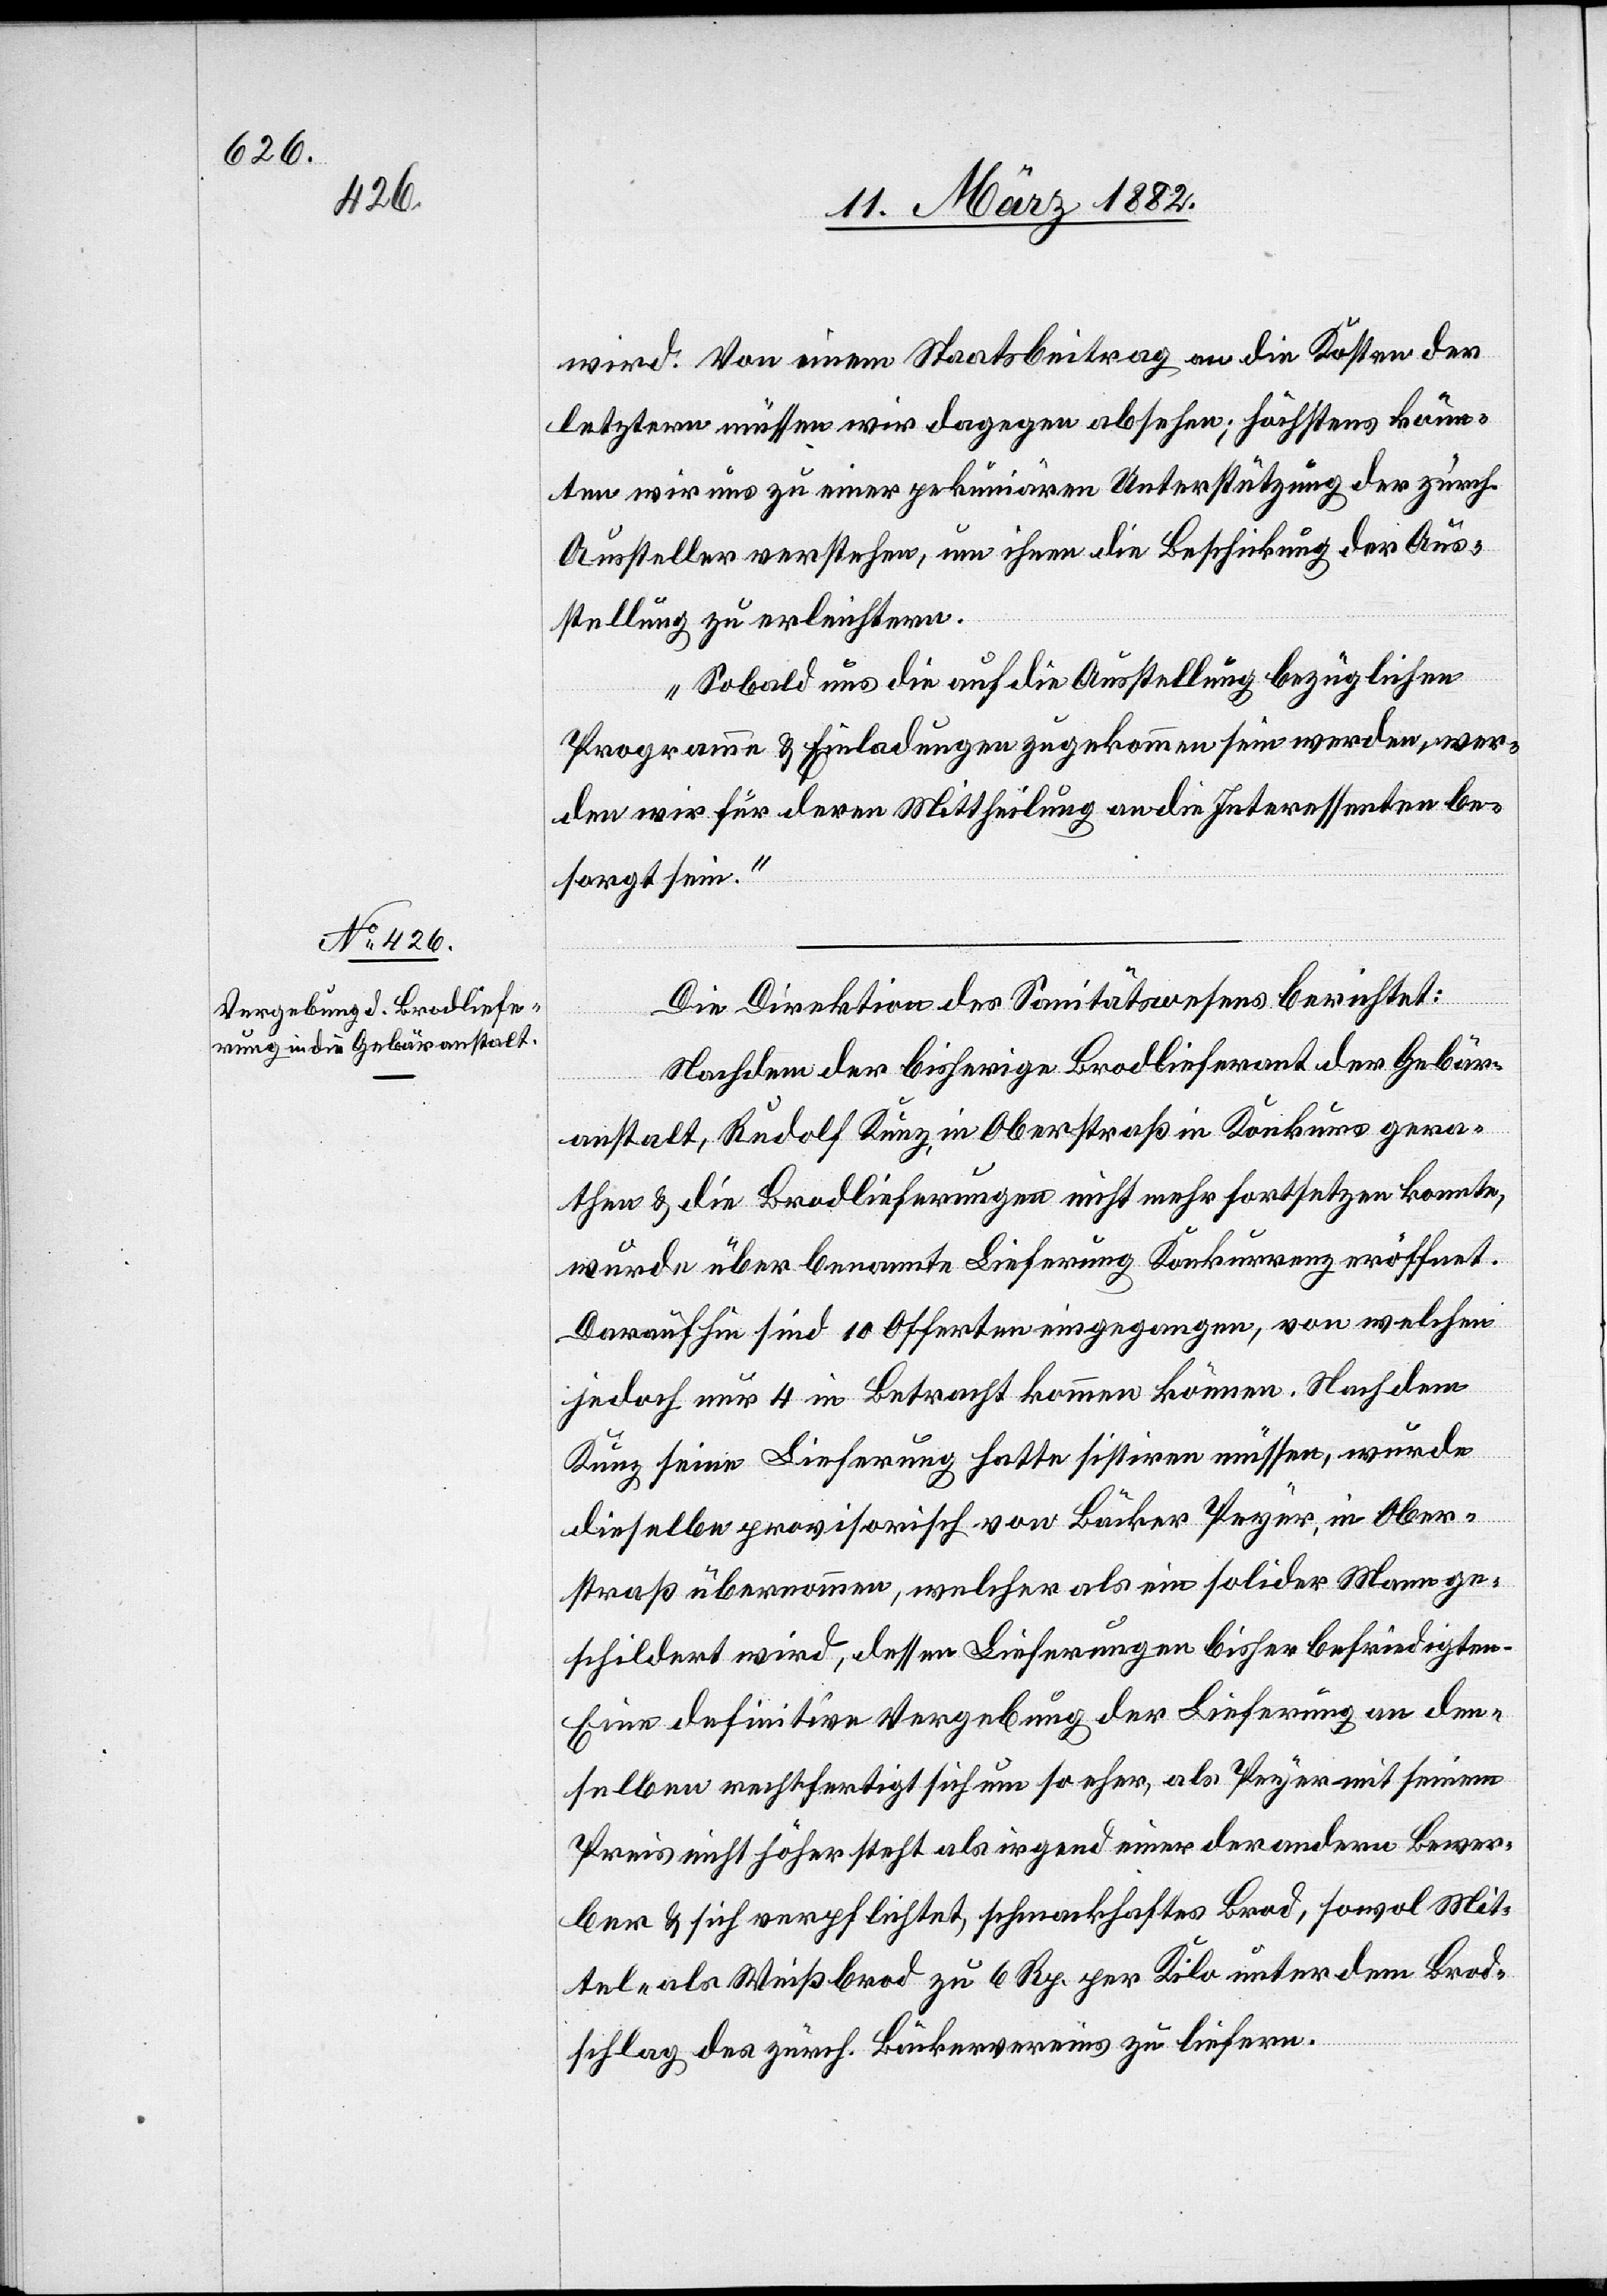
wird. Von einem Staatsbeitrag an die Kosten der
letzteren müssen wir dagegen absehen; höchstens könn¬
ten wir uns zu einer pekuniären Unterstützung der zürch.
Aussteller verstehen, um ihnen die Beschickung der Aus¬
stellung zu erleichtern.
Sobald uns die auf die Ausstellung bezüglichen
Programme & Einladungen zugekommen sein werden, wer¬
den wir für deren Mittheilung an die Interessenten be¬
sorgt sein.“
Die Direktion des Sanitätswesens berichtet:
Nachdem der bisherige Brodlieferant der Gebär¬
anstalt, Rudolf Kunz, in Oberstraß in Konkurs gera¬
then & die Brodlieferungen nicht mehr fortsetzen konnte,
wurde über benannte Lieferung Konkurrenz eröffnet.
Daraufhin sind 10 Offerten eingegangen, von welchen
jedoch nur 4 in Betracht kommen können. Nachdem
Kunz seine Lieferung hatte sistiren müssen, wurde
dieselbe provisorisch von Bäcker Peyer, in Ober¬
straß übernommen, welcher als ein solider Mann ge¬
schildert wird, dessen Lieferungen bisher befriedigten.
Eine definitive Vergebung der Lieferung an den¬
selben rechtfertigt sich um so eher, als Peyer mit seinem
Preis nicht höher steht als irgend einer der anderen Bewer¬
ber & sich verpflichtet, schmackhaftes Brod, sowol Mit¬
tel- als Weißbrod zu 6 Rp. per Kilo unter dem Brod¬
schlag des zürch. Bäckervereins zu liefern.